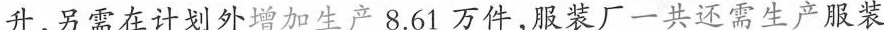
升，另需在计划外增加生产8.61万件，服装厂一共还需生产服装